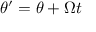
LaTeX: \theta ^ { \prime } = \theta + \Omega t